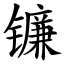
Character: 镰